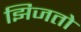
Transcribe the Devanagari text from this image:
झिजतो